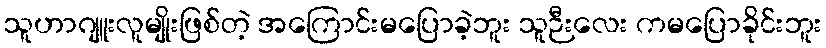
သူဟာဂျူးလူမျိုးဖြစ်တဲ့ အကြောင်းမပြောခဲ့ဘူး သူဉီးလေး ကမပြောခိုင်းဘူး